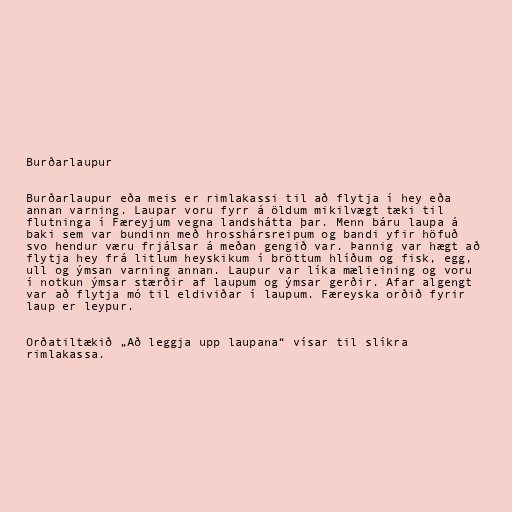
Burðarlaupur

Burðarlaupur eða meis er rimlakassi til að flytja í hey eða
annan varning. Laupar voru fyrr á öldum mikilvægt tæki til
flutninga í Færeyjum vegna landshátta þar. Menn báru laupa á
baki sem var bundinn með hrosshársreipum og bandi yfir höfuð
svo hendur væru frjálsar á meðan gengið var. Þannig var hægt að
flytja hey frá litlum heyskikum í bröttum hlíðum og fisk, egg,
ull og ýmsan varning annan. Laupur var líka mælieining og voru
í notkun ýmsar stærðir af laupum og ýmsar gerðir. Afar algengt
var að flytja mó til eldiviðar í laupum. Færeyska orðið fyrir
laup er leypur.

Orðatiltækið „Að leggja upp laupana“ vísar til slíkra
rimlakassa.